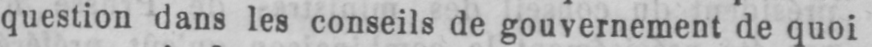
question dans les conseils de gouvernement de quoi